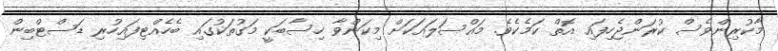
މާކުރިންވެސް ކުރަންޖެހިފައި އޮތް ކަމެކެވެ. މައްސަލައަކަށް މިކަންވާ ހިސާބަކީ މަގުތަކުގައި ބެހެއްޓިފައިހުރި ޑަސްޓްބިން